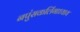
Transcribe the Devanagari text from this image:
नपुंसकलिंगाध्याय